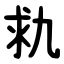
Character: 㐜